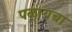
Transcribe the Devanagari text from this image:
पळायचा